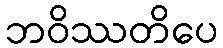
ဘဝိဿတိပေ